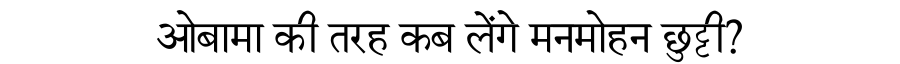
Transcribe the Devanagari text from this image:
ओबामा की तरह कब लेंगे मनमोहन छुट्टी?